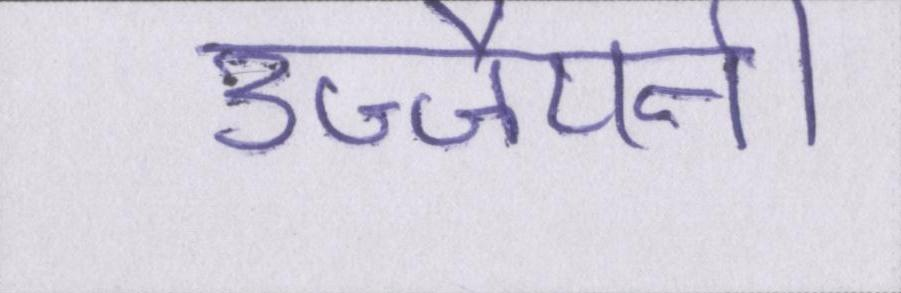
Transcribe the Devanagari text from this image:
उज्जैयनी